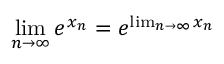
\operatorname* { l i m } _ { n \to \infty } e ^ { x _ { n } } = e ^ { \operatorname* { l i m } _ { n \to \infty } x _ { n } }